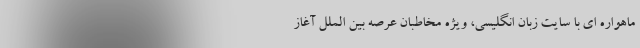
ماهواره ای با سایت زبان انگلیسی، ویژه مخاطبان عرصه بین الملل آغاز